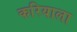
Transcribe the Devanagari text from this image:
करियाला